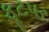
ફૂટપર